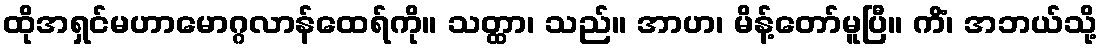
ထိုအရှင်မဟာမောဂ္ဂလာန်ထေရ်ကို။ သတ္ထာ၊ သည်။ အာဟ၊ မိန့်တော်မူပြီ။ ကိံ၊ အဘယ်သို့